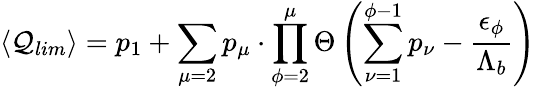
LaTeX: \langle\mathcal{Q}_{lim}\rangle=p_{1}+\sum_{\mu=2}p_{\mu}\cdot\prod_{\phi=2}^{\mu}\Theta\left(\sum_{\nu=1}^{\phi-1}p_{\nu}-\frac{{{\epsilon}_{\phi}}}{{{\Lambda}_{b}}}\right)